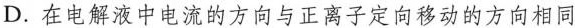
D.在电解液中电流的方向与正离子定向移动的方向相同